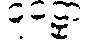
ဝူဠှော